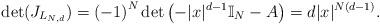
LaTeX: \begin{align*}\det(J_{L_{N,d}})=\left( -1\right) ^{N}\det\left( -|x|^{d-1}\mathbb{I}_{N}-A\right) =d|x|^{N\left( d-1\right) }.\end{align*}